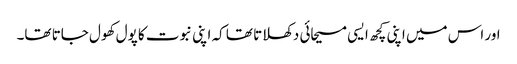
اور اس میں اپنی کچھ ایسی مسیحائی دکھلاتا تھا کہ اپنی نبوت کا پول کھول جاتا تھا۔